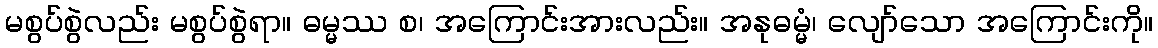
မစွပ်စွဲလည်း မစွပ်စွဲရာ။ ဓမ္မဿ စ၊ အကြောင်းအားလည်း။ အနုဓမ္မံ၊ လျော်သော အကြောင်းကို။